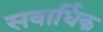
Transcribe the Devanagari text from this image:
सवार्धिक